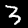
Label: 3